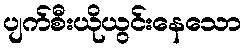
ပျက်စီးယိုယွင်းနေသော